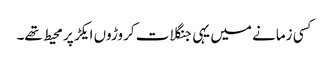
کسی زمانے میں یہی جنگلات کروڑوں ایکڑ پر محیط تھے۔